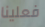
فعلينا